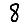
Digit: 8